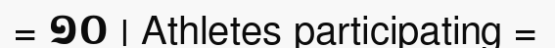
= ១០ | Athletes participating =